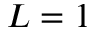
L = 1